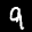
Label: 9